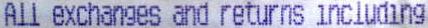
ALL EXCHANGES AND RETURNS INCLUDING